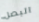
البصل